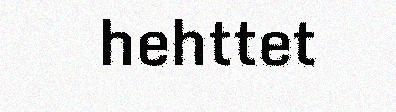
hehttet